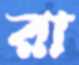
রা